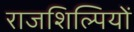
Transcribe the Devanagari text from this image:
राजशिल्पियों